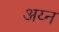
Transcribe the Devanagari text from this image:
अय्न